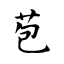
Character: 苞